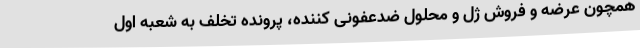
همچون عرضه و فروش ژل و محلول ضدعفونی کننده، پرونده تخلف به شعبه اول